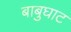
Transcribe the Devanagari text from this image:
बाबुघाट